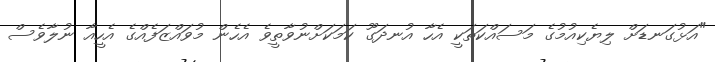
"އަޅުގަނޑަށް ލިޔެކިއުމުގެ މަސައްކަތަކީ އެހާ އުނދަގޫ ކަމަކަށްނުވާތީވެ އެހެން މުވައްޒަފެއްގެ އެހީއާ ނުލާވެސް